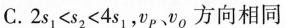
C.2s_{1}<s_{2}<4s_{1}，v_{P}、v_{Q}方向相同